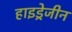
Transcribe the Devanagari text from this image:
हाइड्रेजीन